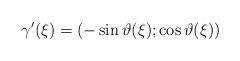
LaTeX: \begin{align*}\gamma'(\xi)=(-\sin\vartheta(\xi);\cos\vartheta(\xi))\end{align*}